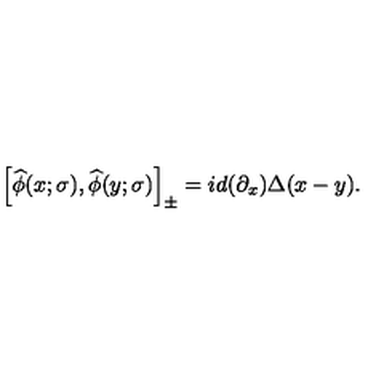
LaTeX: \left[ { \widehat { \phi } ( x ; \sigma ) , \widehat { \phi } ( y ; \sigma ) } \right] _ { \pm } = i d ( \partial _ { x } ) \Delta ( x - y ) .